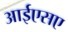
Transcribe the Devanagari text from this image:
आईएसए